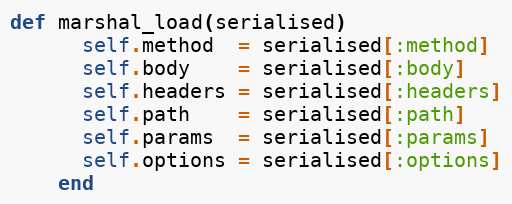
Language: Ruby
def marshal_load(serialised)
      self.method  = serialised[:method]
      self.body    = serialised[:body]
      self.headers = serialised[:headers]
      self.path    = serialised[:path]
      self.params  = serialised[:params]
      self.options = serialised[:options]
    end